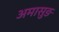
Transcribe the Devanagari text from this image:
अमासुङ